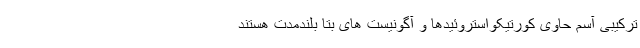
ترکیبی آسم حاوی کورتیکواستروئیدها و آگونیست های بتا بلندمدت هستند